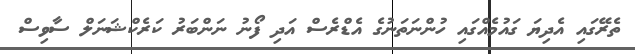
ތެރޭގައި އެދިޔަ ގައުމެއްގައި ހުންނަތަނުގެ އެޑްރެސް އަދި ފޯނު ނަންބަރު ކަރެކްޝަނަލް ސާވިސް